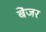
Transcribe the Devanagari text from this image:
बेंजर